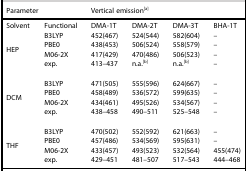
| Parameter |  | <COLSPAN=2> Vertical emission[a] |  |  |
 | --- | --- | --- | --- | --- | --- |
 | Solvent | Functional | DMA-1T | DMA-2T | DMA-3T | BHA-1T |
 | <ROWSPAN=4> HEP | B3LYP | 452(467) | 524(544) | 582(604) | – |
 | PBE0 | 438(453) | 506(524) | 558(579) | – |
 | M06-2X | 417(429) | 470(486) | 506(523) | – |
 | exp. | 413–437 | n.a.[b] | n.a.[b] | – |
 | <ROWSPAN=4> DCM | B3LYP | 471(505) | 555(596) | 624(667) | – |
 | PBE0 | 458(489) | 536(572) | 599(635) | – |
 | M06-2X | 434(461) | 495(526) | 534(567) | – |
 | exp. | 438–458 | 490–511 | 525–548 | – |
 | <ROWSPAN=4> THF | B3LYP | 470(502) | 552(592) | 621(663) | – |
 | PBE0 | 457(486) | 534(569) | 595(631) | – |
 | M06-2X | 433(457) | 493(523) | 532(564) | 455(474) |
 | exp. | 429–451 | 481–507 | 517–543 | 444–468 |